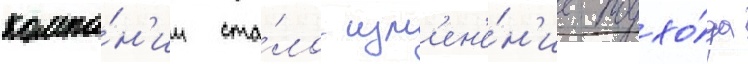
компа́н'ии ста́ло изм'ен'е́н'ие подхо́да